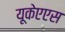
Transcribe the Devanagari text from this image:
यूकेएएस